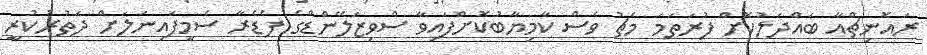
ރައޮނިޗްއާ ބައްދަލުކޮށް ފުރަތަމަ މެޗު ވެސް ކާމިޔާބުކޮށްފައިވާ ސްވިޒަލޭންޑްގެ ފެޑެރާ ސެމީފައިނަލަށް ދަތުރުކުރީ